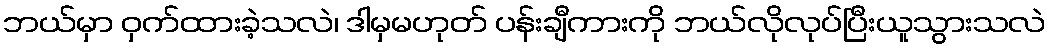
ဘယ်မှာ ဝှက်ထားခဲ့သလဲ၊ ဒါမှမဟုတ် ပန်းချီကားကို ဘယ်လိုလုပ်ပြီးယူသွားသလဲ